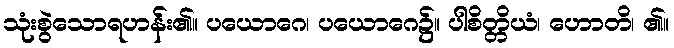
သုံးစွဲသောရဟန်း၏။ ပယောဂေ၊ ပယောဂေ၌။ ပါစိတ္တိယံ၊ ဟောတိ၊ ၏။